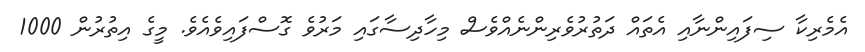
އެމެރިކާ ސިފައިންނާއި އެތައް ދަތުރުވެރިންނެއްވެސް މިހާދިސާގައި މަރުވެ ގޮސްފައިވެއެވެ. މީގެ އިތުރުން 1000